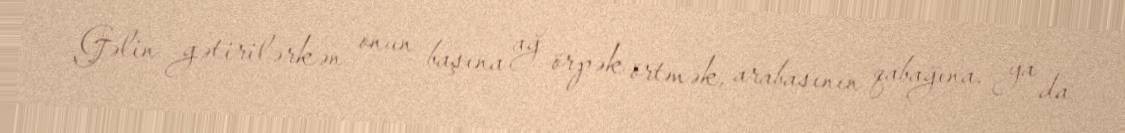
Gəlin gətirilərkən onun başına ağ örpək örtmək, arabasının qabağına, ya da